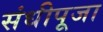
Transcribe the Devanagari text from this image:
संधीपूजा